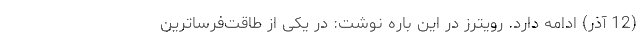
(12 آذر) ادامه دارد. رویترز در این باره نوشت: در یکی از طاقت‌فرساترین